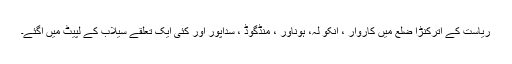
ریاست کے اترکنڑا ضلع میں کاروار ، انکو لہ، ہوناور ، منڈگوڈ ، سداپور اور کئی ایک تعلقے سیلاب کے لپیٹ میں آگئے۔